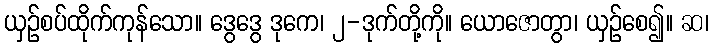
ယှဉ်စပ်ထိုက်ကုန်သော။ ဒွေဒွေ ဒုကေ၊ ၂-ဒုက်တို့ကို။ ယောဇောတွာ၊ ယှဉ်စေ၍။ ဆ၊